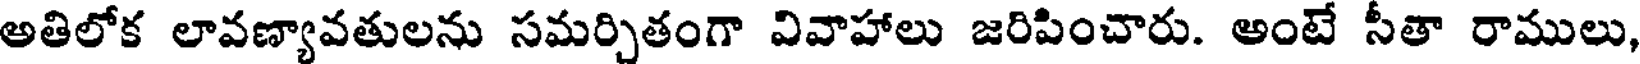
అతిలోక లావణ్యావతులను సమర్చితంగా వివాహాలు జరిపించారు. అంటే సీతా రాములు,